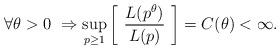
LaTeX: \begin{align*} \forall \theta > 0 \ \Rightarrow \sup_{p \ge 1} \left[ \ \frac{L(p^{\theta})}{L(p)} \ \right] = C(\theta) < \infty.\end{align*}